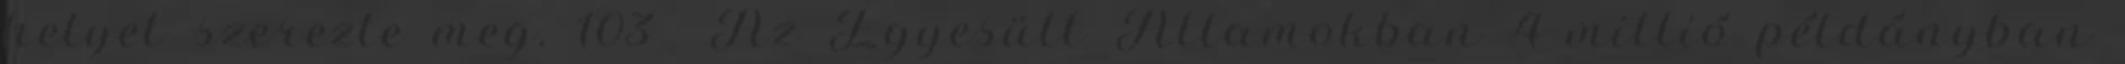
helyet szerezte meg. 103 Az Egyesült Államokban 4 millió példányban